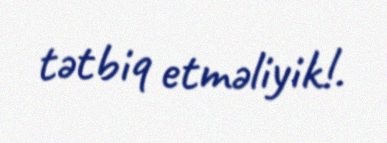
tətbiq etməliyik!.